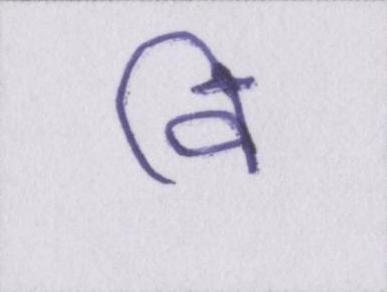
वि